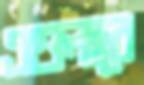
এগুলারে